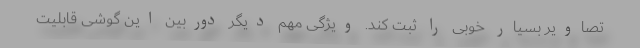
تصاویر بسیار خوبی را ثبت کند. ویژگی مهم دیگر دوربین این گوشی قابلیت